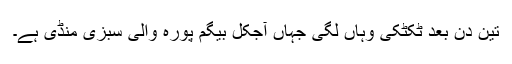
تین دن بعد ٹکٹکی وہاں لگی جہاں آجکل بیگم پورہ والی سبزی منڈی ہے۔